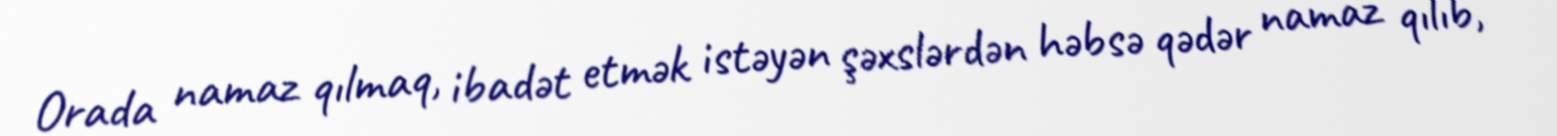
Orada namaz qılmaq, ibadət etmək istəyən şəxslərdən həbsə qədər namaz qılıb,